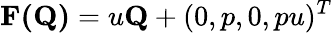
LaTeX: \textbf{F(Q)}=u\textbf{Q}+(0,p,0,pu)^{T}